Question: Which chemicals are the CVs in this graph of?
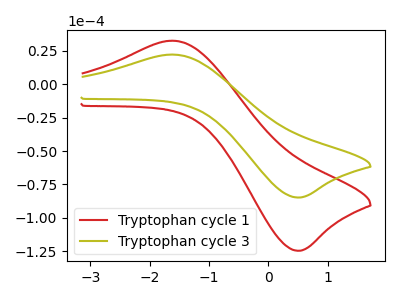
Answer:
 <answer>The red curve is labeled "Tryptophan cycle 1". The olive curve is labeled "Tryptophan cycle 3".</answer>
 <eval></eval>